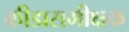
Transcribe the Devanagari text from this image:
क्रीडासमीक्षक